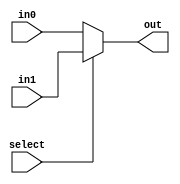

module MUX(in1, in0,out, select);

parameter INPUT_LEN = 32;

input [INPUT_LEN - 1 : 0] in1, in0;
input select;
output [INPUT_LEN - 1 : 0] out;

assign out = select ? in1 : in0;



endmodule